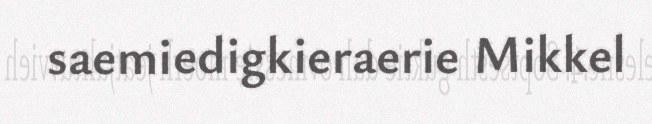
saemiedigkieraerie Mikkel